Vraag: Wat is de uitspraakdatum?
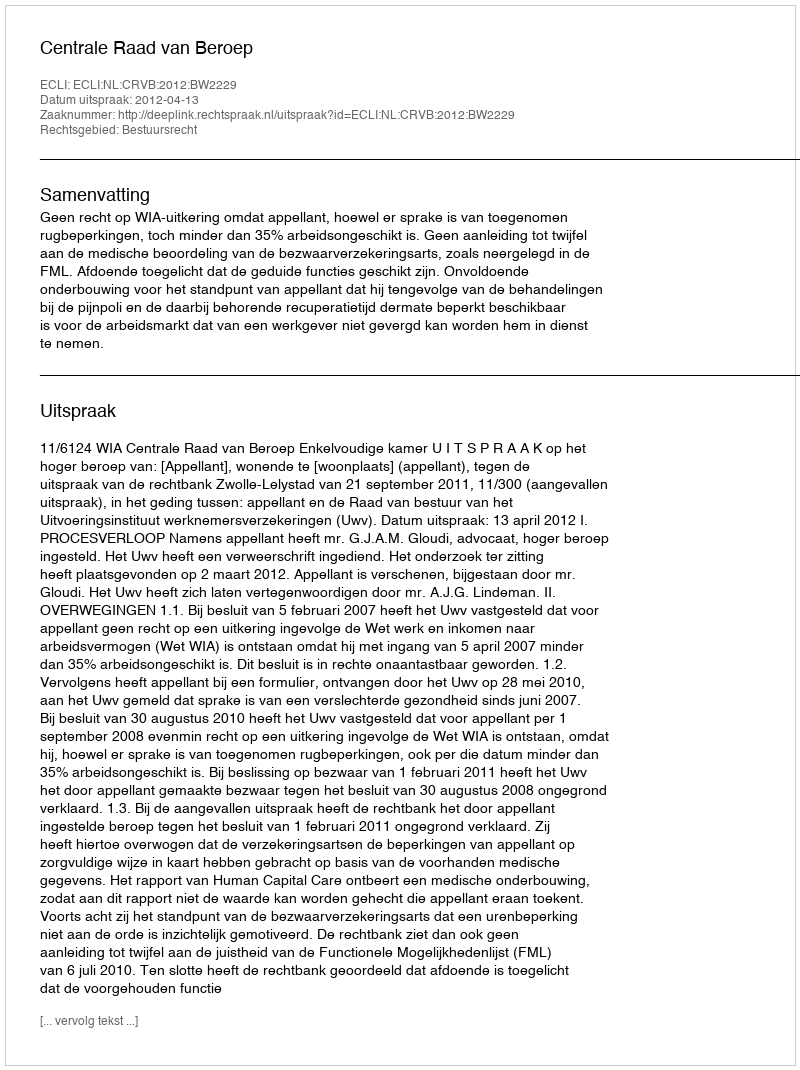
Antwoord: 2012-04-13